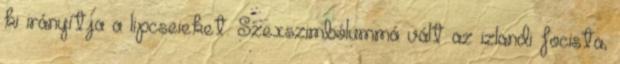
ki irányítja a lipcseieket. Szexszimbólummá vált az izlandi focista,